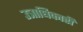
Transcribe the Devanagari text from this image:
उत्राधिकारी